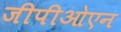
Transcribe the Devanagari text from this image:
जीपीओएन